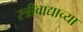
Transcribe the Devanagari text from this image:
स्त्रीवाद्याच्या